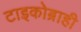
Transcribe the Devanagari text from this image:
टाइकोब्राही